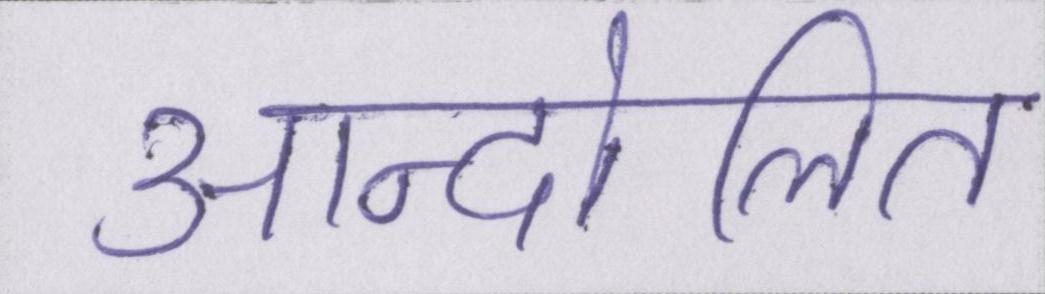
आन्दोलित